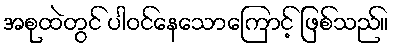
အစုထဲတွင် ပါဝင်နေသောကြောင့် ဖြစ်သည်။